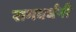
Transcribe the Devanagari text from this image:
रागवर्धनी